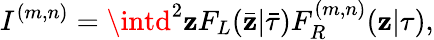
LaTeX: I^{(m,n)}=\intd^{2}\mathbf{z}F_{L}(\bar{{\mathbf{z}}}|\bar{{\tau}})F_{R}^{(m,n)}(\mathbf{z}|\tau),